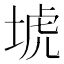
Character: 㙈